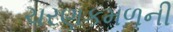
ચરણકમળની